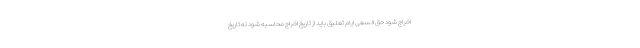
اخراج شود حق السعی ایام تعلیق باید از تاریخ اخراج محاسبه شود نه تاریخ